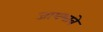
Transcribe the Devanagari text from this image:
जायभावे